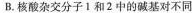
B.核酸杂交分子1和2中的碱基对不同